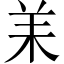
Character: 𦍎